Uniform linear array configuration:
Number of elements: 24
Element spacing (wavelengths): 0.5
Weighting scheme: blackman
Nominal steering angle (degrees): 15
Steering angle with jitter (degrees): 16.688
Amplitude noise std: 0.05
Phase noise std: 0.05

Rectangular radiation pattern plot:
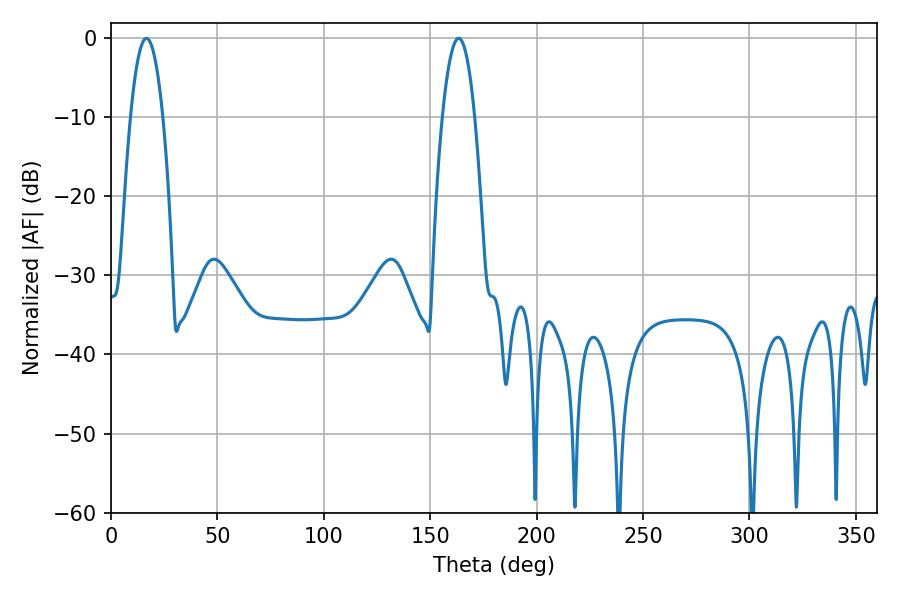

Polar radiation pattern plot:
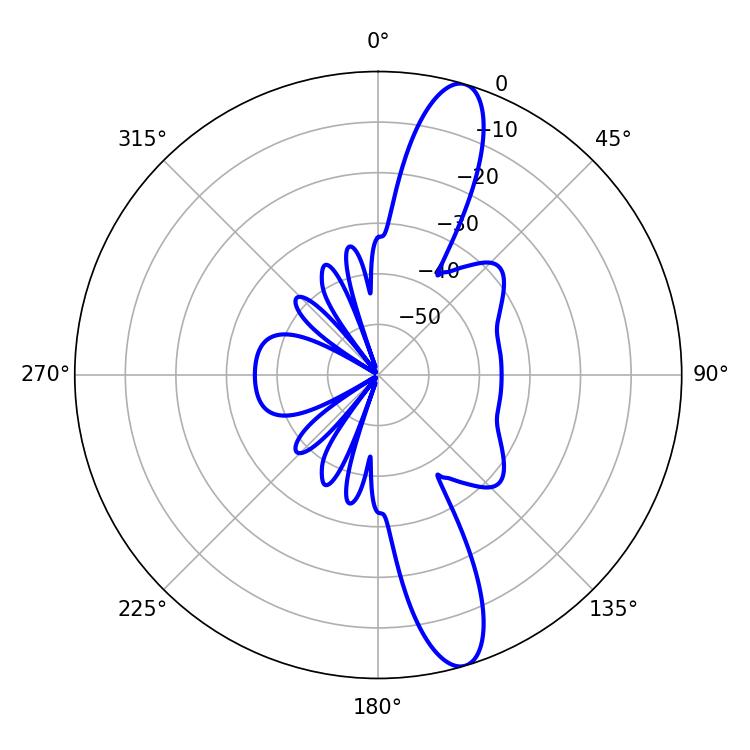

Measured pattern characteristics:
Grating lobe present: FALSE
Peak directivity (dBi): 13.428
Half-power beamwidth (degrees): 8.46
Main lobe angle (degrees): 16.56